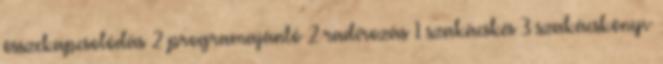
összekapcsolódás 2 programajánló 2 radírozás 1 szakácskés 3 szakácskönyv